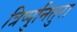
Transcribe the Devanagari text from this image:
त्रिप्पुनितुरा